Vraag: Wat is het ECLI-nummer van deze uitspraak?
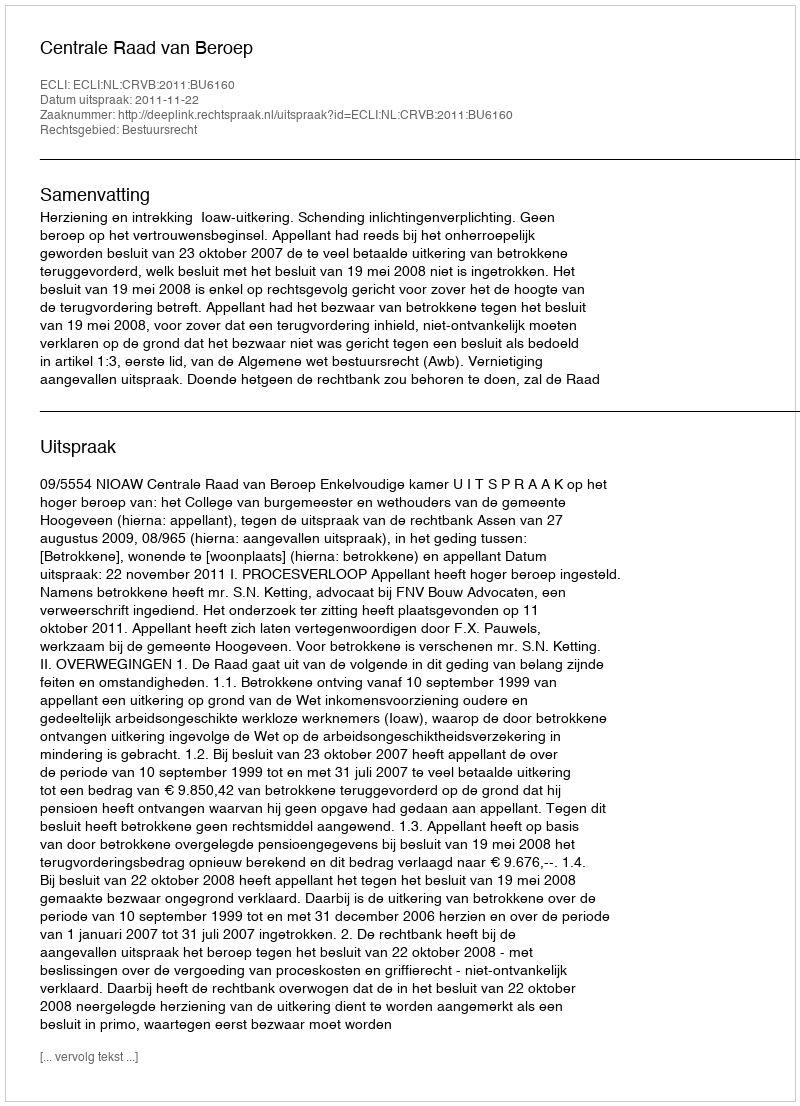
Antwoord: ECLI:NL:CRVB:2011:BU6160